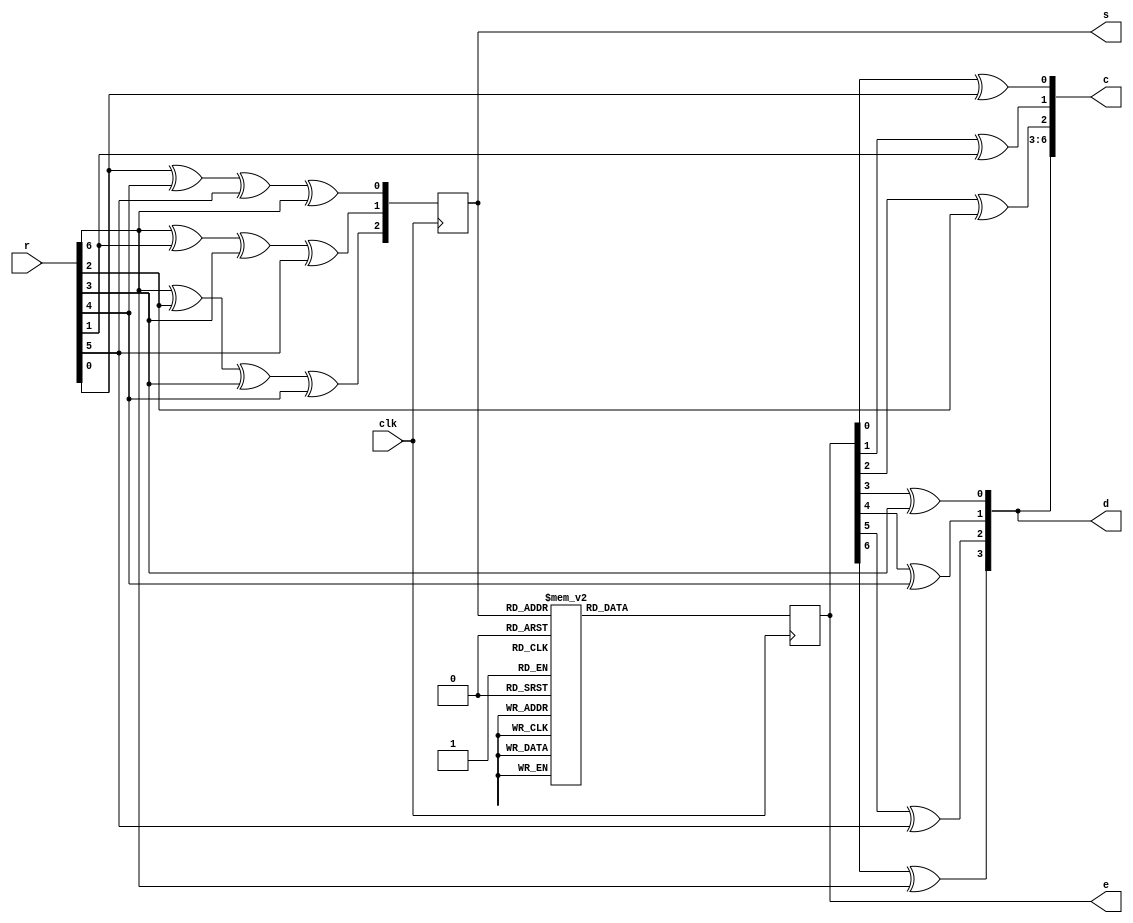
module hammingdec(clk,r,s,c,d,e);
input clk;
assign a=7'b1111111; // to be used later to eliminate error
output [6:0]c;
input [6:0]r;  // Port Assignments r--> received sequence c--> error free and actual encoded codeword sequence
output reg [6:0]e;   // error matrix [](1X7)
output reg [3:0]d;   // d--> actual data sequence d=[](1X3) without parity bits, here four
output reg [2:0]s; 
always@(posedge clk) // clk--> clock
	begin
		s[2]=r[6]^r[2]^r[3]^r[4]; // Syndrome Matrix Value Computation S= [](1X3)
		s[1]=r[6]^r[1]^r[3]^r[5]; 
		s[0]=r[0]^r[4]^r[5]^r[6]; 
end
always@(posedge clk)
	begin
		case(s)                   // Maximum Likelihood Error Detection
			0 : e= 7'b0000000;        // No error if Syndrome Matrix is a null matrix i.e., [000]
			1 : e= 7'b0000001;          
			2 : e= 7'b0000010;
			3 : e= 7'b0100000;
			4 : e= 7'b0000100;      
			5 : e= 7'b0010000;
			6 : e= 7'b0001000;
			7 : e= 7'b1000000;
			default: e=7'bzzzzzzz; 
endcase
end
xor a1(c[0],e[0],r[0]); // xor of error matrix and a 7-bit unity sequence to eliminate errors, actually only one error.
xor a2(c[1],e[1],r[1]);
xor a3(c[2],e[2],r[2]);
xor a4(c[3],e[3],r[3]);
xor a5(c[4],e[4],r[4]);
xor a6(c[5],e[5],r[5]);
xor a7(c[6],e[6],r[6]);
always@(c)
begin
	d[0]=c[3];
	d[1]=c[4];  // [3:0]d is the actual transmitted data using hamming code
	d[2]=c[5];
	d[3]=c[6];
end
endmodule